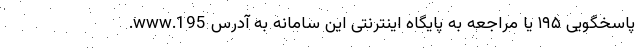
پاسخگویی ۱۹۵ یا مراجعه به پایگاه اینترنتی این سامانه به آدرس www.195.